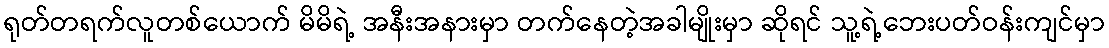
ရုတ်တရက်လူတစ်ယောက် မိမိရဲ့ အနီးအနားမှာ တက်နေတဲ့အခါမျိုးမှာ ဆိုရင် သူ့ရဲ့ဘေးပတ်ဝန်းကျင်မှာ